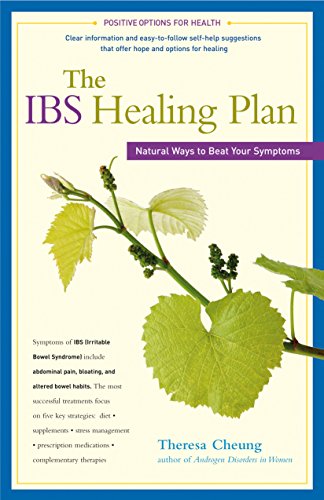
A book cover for The IBS Healing Plan: Natural Ways to Beat Your Symptoms (Positive Options for Health); Theresa Cheung; Health, Fitness & Dieting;